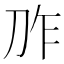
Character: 𱐗